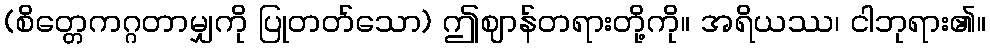
(စိတ္တေကဂ္ဂတာမျှကို ပြုတတ်သော) ဤဈာန်တရားတို့ကို။ အရိယဿ၊ ငါဘုရား၏။